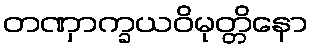
တဏှာက္ခယဝိမုတ္တိနော